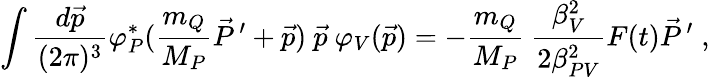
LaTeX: \int\frac{d\vec{p}}{(2\pi)^{3}}\varphi_{P}^{*}(\frac{m_{Q}}{M_{P}}\vec{P}\, ^{\prime}+\vec{p})~\vec{p}~\varphi_{V}(\vec{p})=-\frac{m_{Q}}{M_{P}}~\frac{\beta_{V}^{2}}{2\beta_{PV}^{2}}F(t)\vec{P}\, ^{\prime}\; ,